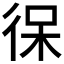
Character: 𰐯